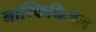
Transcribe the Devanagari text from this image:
नाम्किनिजल